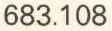
683.108